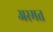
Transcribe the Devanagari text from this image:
अस्मत